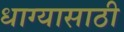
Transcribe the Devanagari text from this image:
धाग्यासाठी